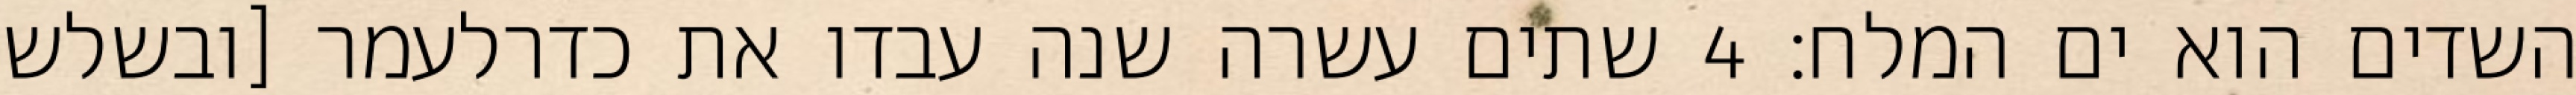
השדים הוא ים המלח׃ ‎4‏ שתים עשרה שנה עבדו את כדרלעמר [ובשלש